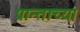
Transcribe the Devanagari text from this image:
प्रान्ताच्या